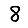
Digit: 8